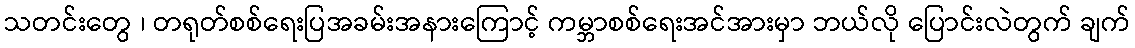
သတင်းတွေ ၊ တရုတ်စစ်ရေးပြအခမ်းအနားကြောင့် ကမ္ဘာစစ်ရေးအင်အားမှာ ဘယ်လို ပြောင်းလဲတွက် ချက်